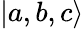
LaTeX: |a,b,c\rangle